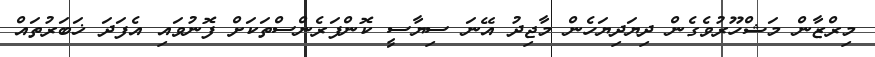
މިރްޒާން މަޝްހޫރުވެގެން ދިޔަދިޔަހެން މާޖިދު އޭނަ ސިޔާސީ ކޮންފަރެންސްތަކަށް ފޮނުވައި އެފަދަ ޚަބަރުތައް